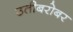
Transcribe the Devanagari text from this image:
उतीबरोबर